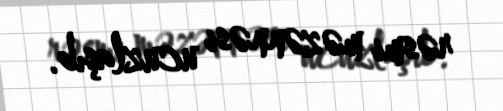
rəsmi məzənnəsi ucuzlaşıb.